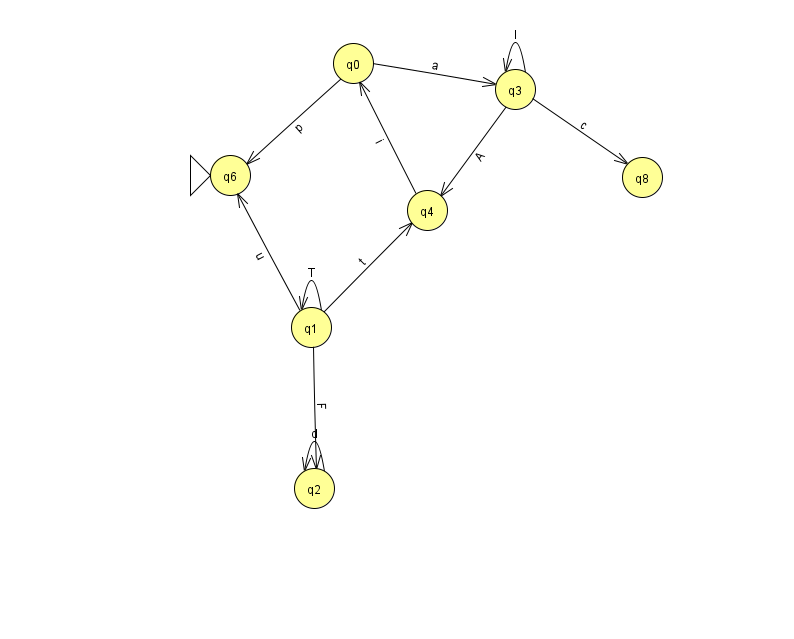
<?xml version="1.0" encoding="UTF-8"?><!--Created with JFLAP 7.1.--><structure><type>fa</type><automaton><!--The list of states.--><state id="0" name="q0"><x>353.0</x><y>50.0</y></state><state id="1" name="q1"><x>311.0</x><y>314.0</y></state><state id="2" name="q2"><x>314.0</x><y>475.0</y></state><state id="3" name="q3"><x>515.0</x><y>76.0</y></state><state id="4" name="q4"><x>427.0</x><y>197.0</y></state><state id="6" name="q6"><x>230.0</x><y>162.0</y><initial/></state><state id="8" name="q8"><x>642.0</x><y>164.0</y></state><!--The list of transitions.--><transition><from>1</from><to>2</to><read>F</read></transition><transition><from>3</from><to>8</to><read>c</read></transition><transition><from>1</from><to>1</to><read>T</read></transition><transition><from>2</from><to>2</to><read>d</read></transition><transition><from>1</from><to>4</to><read>t</read></transition><transition><from>1</from><to>6</to><read>u</read></transition><transition><from>0</from><to>6</to><read>p</read></transition><transition><from>3</from><to>3</to><read>I</read></transition><transition><from>3</from><to>4</to><read>A</read></transition><transition><from>0</from><to>3</to><read>a</read></transition><transition><from>4</from><to>0</to><read>i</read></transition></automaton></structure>